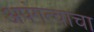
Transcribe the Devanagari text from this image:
अपंगत्वाचा